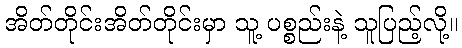
အိတ်တိုင်းအိတ်တိုင်းမှာ သူ့ ပစ္စည်းနဲ့ သူပြည့်လို့။